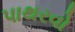
પાથરવો